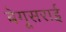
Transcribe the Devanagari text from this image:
बेगूसराई